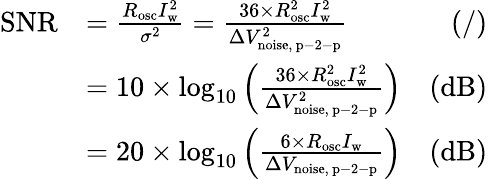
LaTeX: \begin{array}{rlr}{\mathrm{SNR}}&{=\frac{R_{\mathrm{osc}}I_{\mathrm{w}}^{2}}{\sigma^{2}}=\frac{36\times R_{\mathrm{osc}}^{2}I_{\mathrm{w}}^{2}}{\Delta V_{\mathrm{noise,~p-2-p}}^{2}}}&{(/)}\\ &{=10\times\mathrm{log}_{10}\left(\frac{36\times R_{\mathrm{osc}}^{2}I_{\mathrm{w}}^{2}}{\Delta V_{\mathrm{noise,~p-2-p}}^{2}}\right)}&{(\mathrm{dB})}\\ &{=20\times\mathrm{log}_{10}\left(\frac{6\times R_{\mathrm{osc}}I_{\mathrm{w}}}{\Delta V_{\mathrm{noise,~p-2-p}}}\right)}&{(\mathrm{dB})}\end{array}